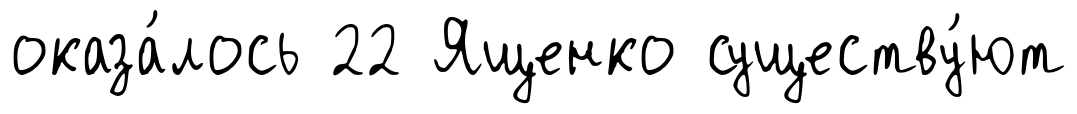
оказа́лось 22 Ященко существу́ют